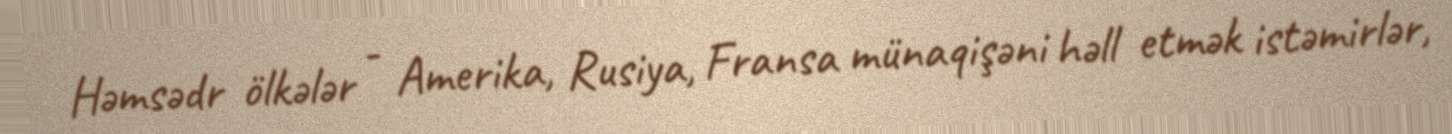
Həmsədr ölkələr - Amerika, Rusiya, Fransa münaqişəni həll etmək istəmirlər,